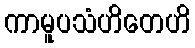
ကာမူပသံဟိတေဟိ